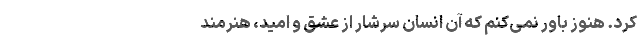
کرد. هنوز باور نمی‌کنم‌ ‌که آن انسان سرشار از عشق و امید، هنرمند